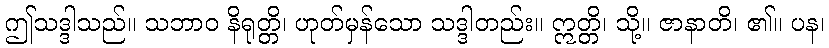
ဤသဒ္ဒါသည်။ သဘာဝ နိရုတ္တိ၊ ဟုတ်မှန်သော သဒ္ဒါတည်း။ ဣတ္တိ၊ သို့။ ဇာနာတိ၊ ၏။ ပန၊